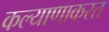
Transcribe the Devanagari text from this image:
कल्याणाकरत